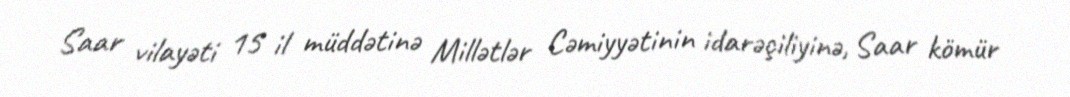
Saar vilayəti 15 il müddətinə Millətlər Cəmiyyətinin idarəçiliyinə, Saar kömür